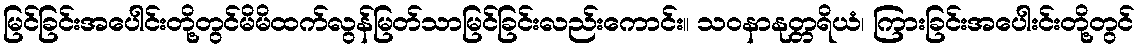
မြင်ခြင်းအပေါင်းတို့တွင်မိမိထက်လွန်မြတ်သာမြင်ခြင်းလည်းကောင်း။ သဝနာနုတ္တရိယံ၊ ကြားခြင်းအပေါးင်းတို့တွင်